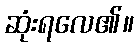
ဆုံးရလေ၏။